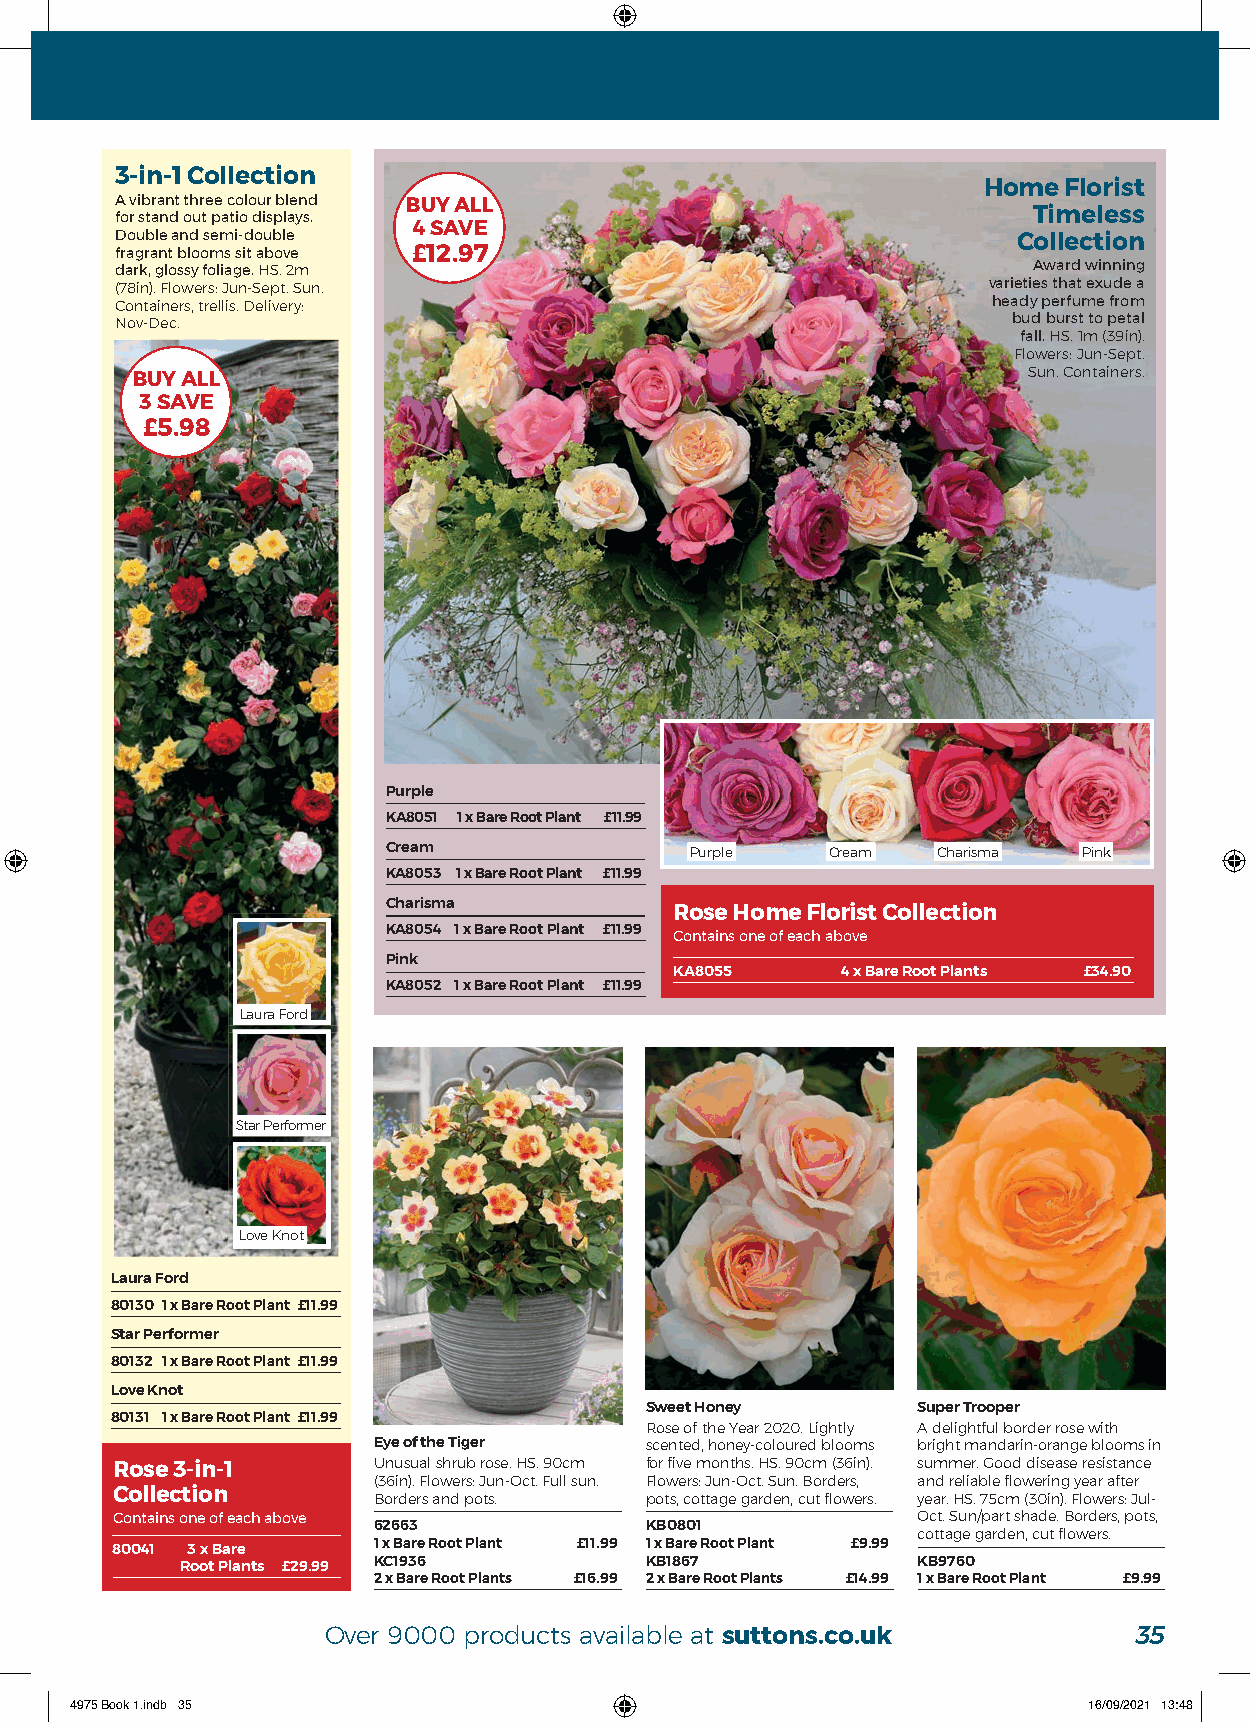
3-in-1 Collection
 Home Florist
 A vibrant three colour blend BUY ALL
 for stand out patio displays.                               Timeless
 4 SAVE
 Double and semi-double                                     Collection
 fragrant blooms sit above £12.97
 dark, glossy foliage. HS. 2m                                Award winning
 (78in). Flowers: Jun-Sept. Sun.                          varieties that exude a
 Containers, trellis. Delivery:                            heady perfume from
 Nov-Dec.                                                   bud burst to petal
 fall. HS. 1m (39in).
 Flowers: Jun-Sept.
 Sun. Containers.
 BUY ALL
 3 SAVE
 £5.98
 Purple
 KA8051 1 x Bare Root Plant £11.99
 Cream               Purple   Cream  Charisma  Pink
 KA8053 1 x Bare Root Plant £11.99
 Charisma
 Rose Home Florist Collection
 KA8054 1 x Bare Root Plant £11.99 Contains one of each above
 Pink
 KA8055     4 x Bare Root Plants £34.90
 KA8052 1 x Bare Root Plant £11.99
 Laura Ford
 Star Performer
 Love Knot
 Laura Ford
 80130 1 x Bare Root Plant £11.99
 Star Performer
 80132 1 x Bare Root Plant £11.99
 Love Knot
 Sweet Honey       Super Trooper
 80131 1 x Bare Root Plant £11.99
 Rose of the Year 2020. Lightly A delightful border rose with
 Eye of the Tiger  scented, honey-coloured blooms bright mandarin-orange blooms in
 Rose 3-in-1       Unusual shrub rose. HS. 90cm for five months. HS. 90cm (36in). summer. Good disease resistance
 (36in). Flowers: Jun-Oct. Full sun. Flowers: Jun-Oct. Sun. Borders, and reliable flowering year after
 Collection        Borders and pots. pots, cottage garden, cut flowers. year. HS. 75cm (30in). Flowers: Jul-
 Contains one of each above                            Oct. Sun/part shade. Borders, pots,
 62663             KB0801
 cottage garden, cut flowers.
 80041 3 x Bare    1 x Bare Root Plant £11.99 1 x Bare Root Plant £9.99
 Root Plants £29.99 KC1936      KB1867            KB9760
 2 x Bare Root Plants £16.99 2 x Bare Root Plants £14.99 1 x Bare Root Plant £9.99
 Over 9000 products available at suttons.co.uk         35
 4975 Book 1.indb 35                                                16/09/2021 13:48